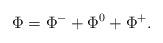
LaTeX: \begin{align*}\Phi=\Phi^-+\Phi^0+\Phi^+.\end{align*}